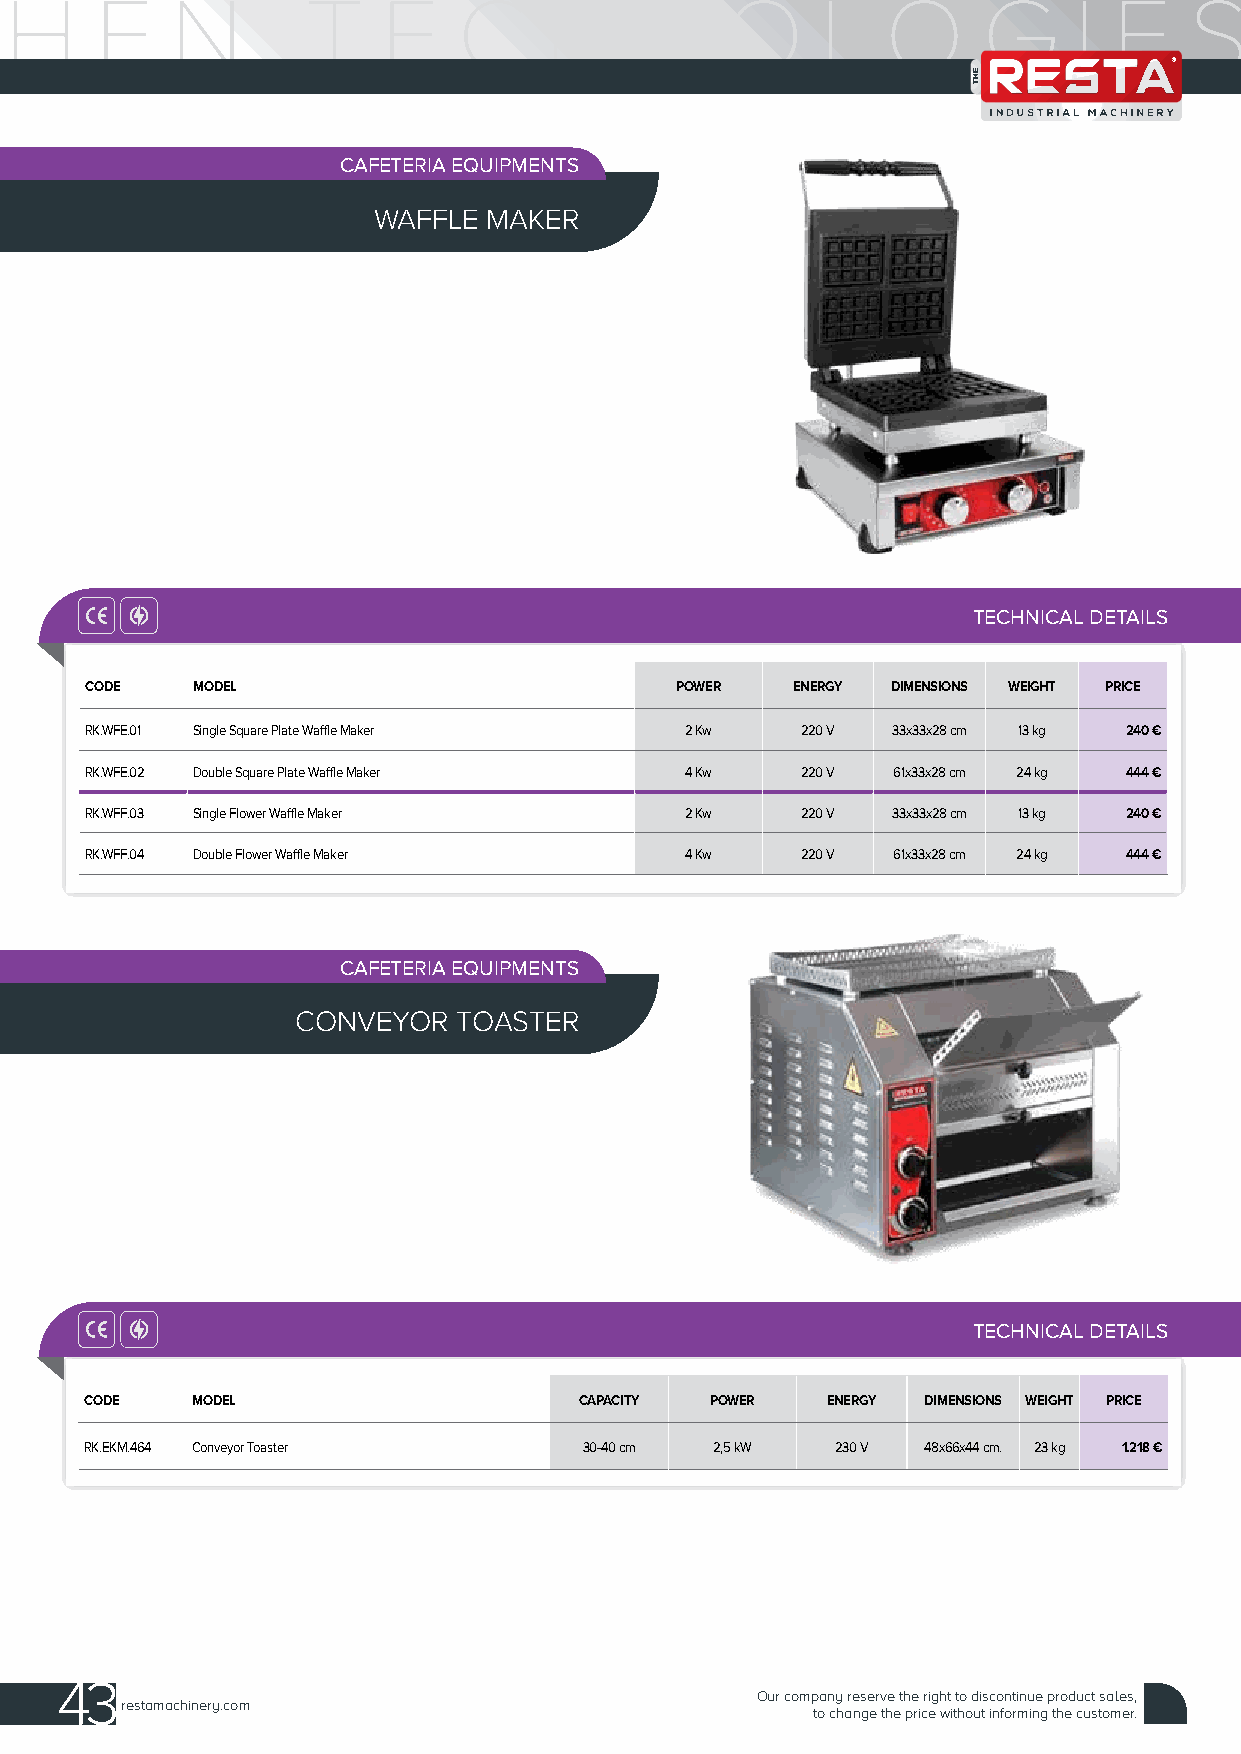
CAFETERIA EQUIPMENTS
 WAFFLE MAKER
 TECHNICAL DETAILS
 CODE   MODEL                           POWER  ENERGY DIMENSIONS WEIGHT PRICE
 RK.WFE.01 Single Square Plate Waffle Maker 2 Kw 220 V 33x33x28 cm 13 kg 240 €
 RK.WFE.02 Double Square Plate Waffle Maker 4 Kw 220 V 61x33x28 cm 24 kg 444 €
 RK.WFF.03 Single Flower Waffle Maker   2 Kw    220 V 33x33x28 cm 13 kg 240 €
 RK.WFF.04 Double Flower Waffle Maker   4 Kw    220 V 61x33x28 cm 24 kg 444 €
 CAFETERIA EQUIPMENTS
 CONVEYOR  TOASTER
 TECHNICAL DETAILS
 CODE   MODEL                    CAPACITY POWER   ENERGY DIMENSIONS WEIGHT PRICE
 RK.EKM.464 Conveyor Toaster      30-40 cm 2,5 kW 230 V 48x66x44 cm. 23 kg 1.218 €
 43
 Our company reserve the right to discontinue product sales,
 restamachinery.com
 to change the price without informing the customer.